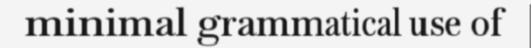
minimal grammatical use of